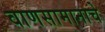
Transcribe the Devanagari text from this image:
वाणसामानाचे